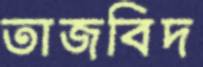
তাজবিদ